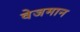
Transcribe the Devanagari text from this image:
वेजमान